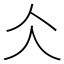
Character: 仌